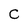
Character: C